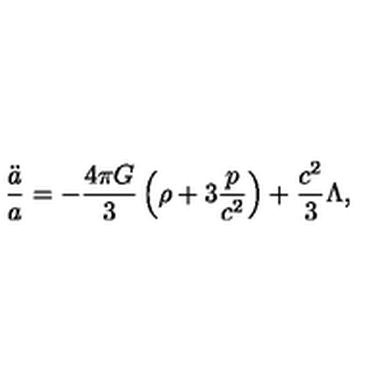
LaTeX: { \frac { \ddot { a } } { a } } = - { \frac { 4 \pi G } { 3 } } \left( \rho + 3 { \frac { p } { c ^ { 2 } } } \right) + { \frac { c ^ { 2 } } { 3 } } \Lambda ,